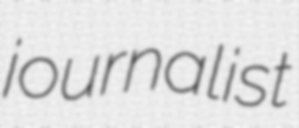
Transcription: journalist